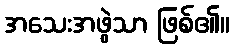
အသေးအဖွဲသာ ဖြစ်၏။